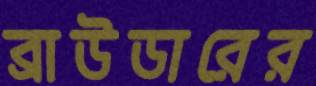
ব্রাউডারের